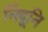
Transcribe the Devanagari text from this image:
निंदूनि